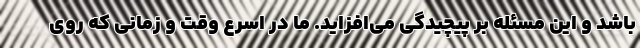
باشد و این مسئله بر پیچیدگی می‌افزاید. ما در اسرع وقت و زمانی که روی